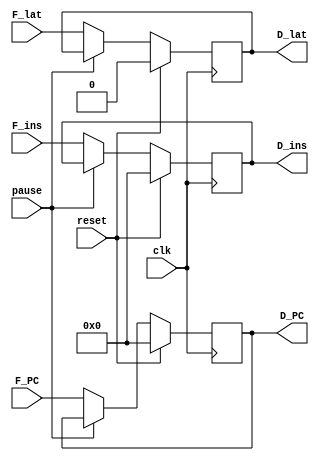
module IF2ID(
    input reset, clk, pause,
    input [31:0] F_ins, F_PC, 
    input F_lat,
    output reg[31:0] D_ins, D_PC,
    output reg D_lat
);
    
    initial begin
        D_ins = 0;
        D_PC = 0;
        D_lat = 0;
    end

    always @(posedge clk) begin
        if (reset) begin
            D_ins = 0;
            D_PC = 0;
            D_lat = 0;
        end
        else if(!pause) begin
            D_ins <= F_ins;
            D_PC <= F_PC;
            D_lat <= F_lat;
        end
    end

endmodule